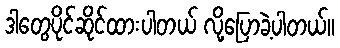
ဒါတွေပိုင်ဆိုင်ထားပါတယ် လို့ပြောခဲ့ပါတယ်။